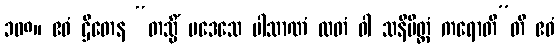
၁၀၈။ ဧဝံ ဌိတေန “တသ္မိံ ပဒေသေ ပါသာဏံ လတံ ဝါ သနိမိတ္တံ ကရောတီ”တိ ဧဝံ